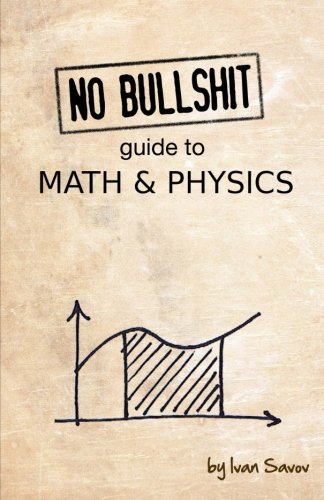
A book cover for No bullshit guide to math and physics; Ivan Savov; Science & Math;